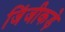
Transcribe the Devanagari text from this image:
जिंजीकड़े